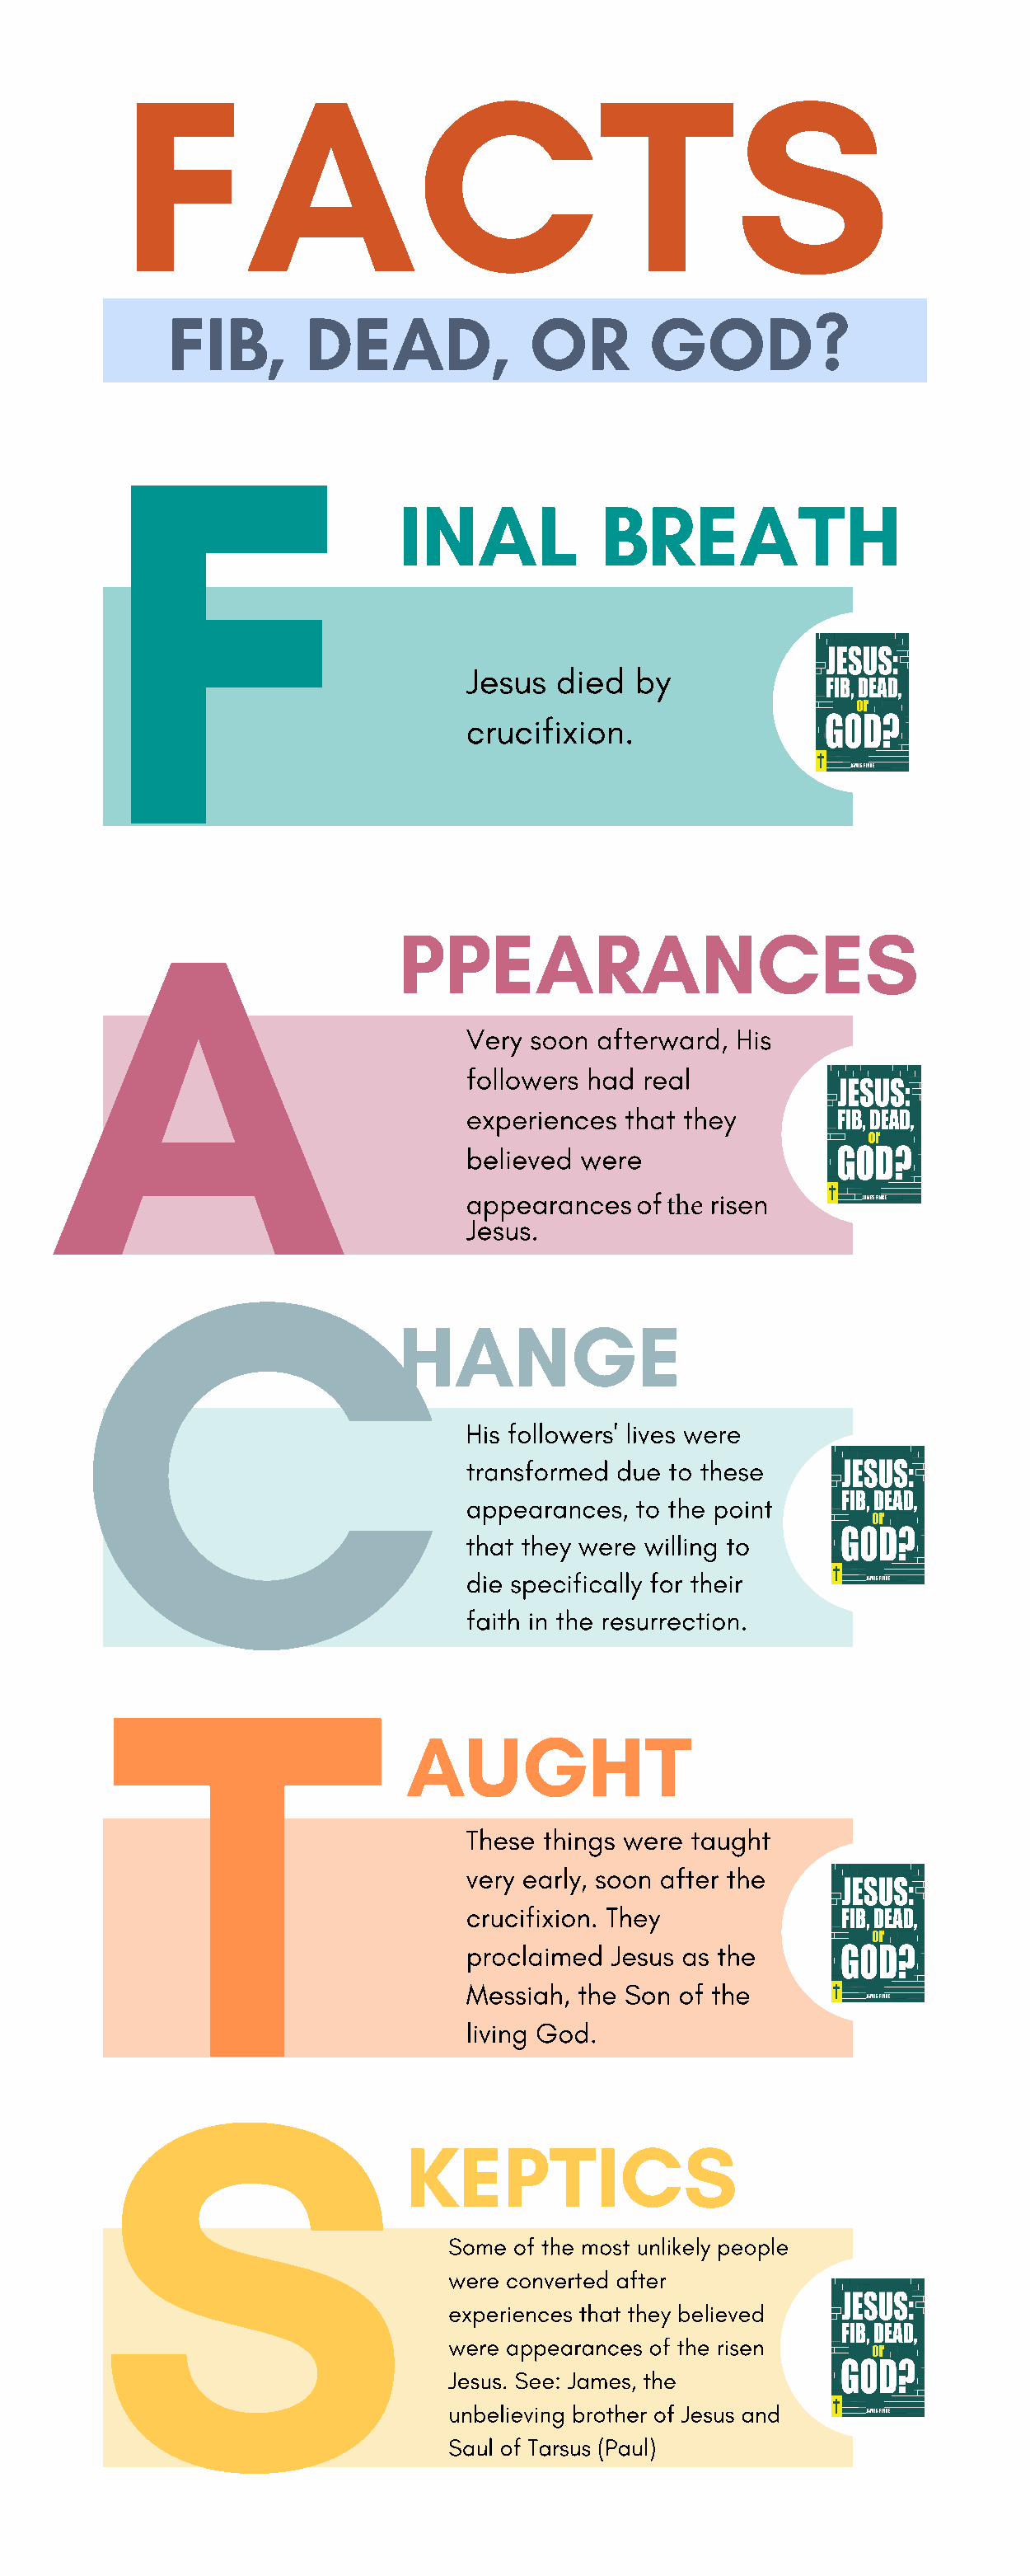
FACTS
 FIB,        DEAD,             OR       GOD?
 F
 INAL            BREATH
 Jesus   died  by
 crucifixion.
 A
 PPEARANCES
 Very  soon afterward, His
 followers had  real
 experiences  that they
 believed  were
 C
 appearances   of    risen
 the
 Jesus.
 HANGE
 His followers' lives were
 transformed  due to these
 appearances,  to the point
 that they were willing to
 T
 die specifically for their
 faith in the resurrection.
 AUGHT
 These  things were taught
 very early, soon after the
 crucifixion. They
 proclaimed  Jesus as the
 S
 Messiah, the Son  of the
 living God.
 KEPTICS
 Some of the most unlikely people
 were converted after
 experiences that they believed
 were appearances of the risen
 Jesus. See: James, the
 unbelieving brother of Jesus and
 Saul of Tarsus (Paul)